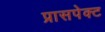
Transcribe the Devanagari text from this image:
प्रासपेक्ट